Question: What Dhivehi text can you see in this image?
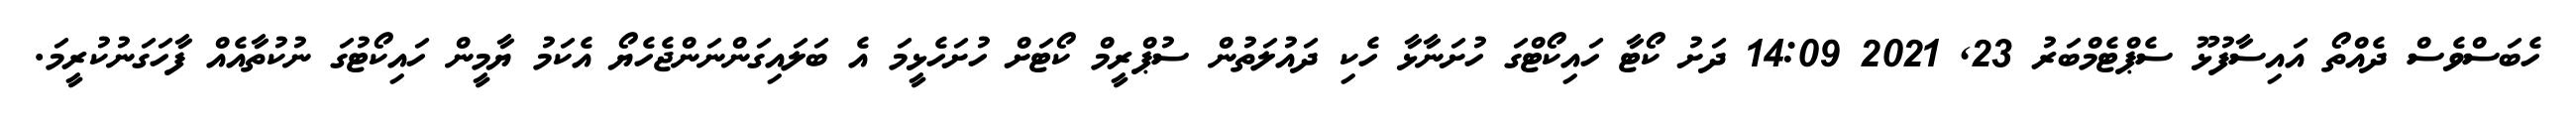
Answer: ހެބަސްވެސް ދެއްތޯ އައިސާފުޅޫ ސެޕްޓެމްބަރު 23, 2021 14:09 ދަށު ކޯޓާ ހައިކޯޓްގަ ހުށަނާޅާ ހެކި ދައުލަތުން ސުޕްރީމް ކޯޓަށް ހުށަހެޅީމަ އެ ބަލައިގަންނަންޖެހެޔޯ އެކަމު ޔާމީން ހައިކޯޓުގަ ނުކުތާއެއް ފާހަގަނުކުރީމަ.